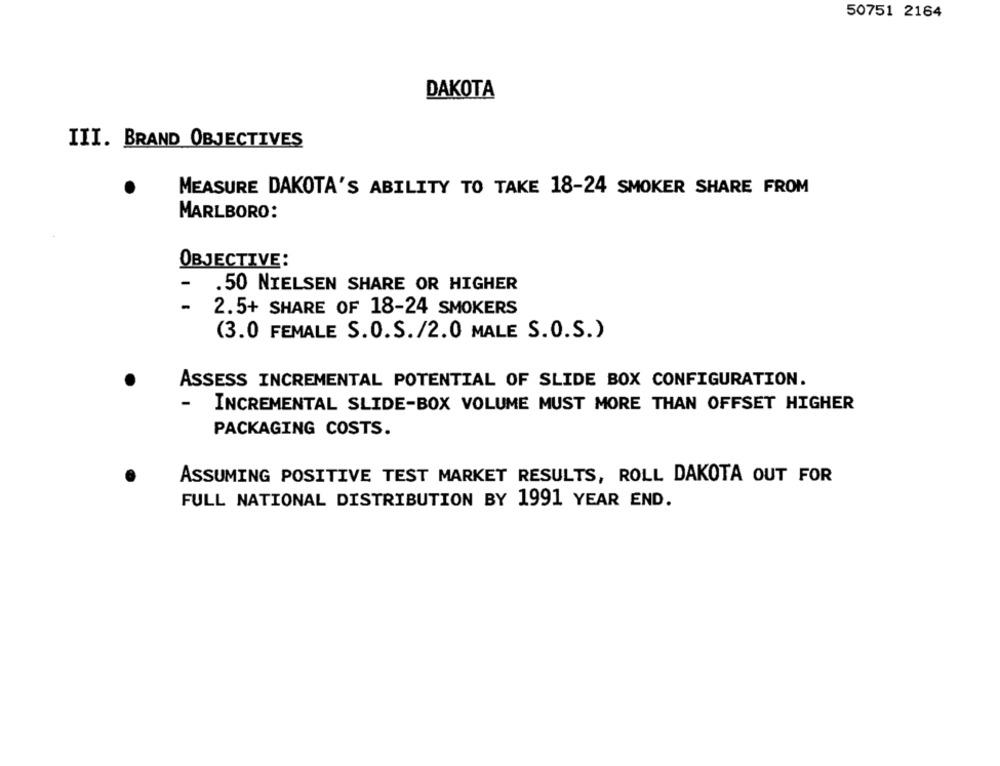
50751 2164
DAKOTA
III. BRAND OBJECTIVES
MEASURE DAKOTA'S ABILITY TO TAKE 18-24 SMOKER SHARE FROM
MARLBORO:
OBJECTIVE:
-
.50 NIELSEN SHARE OR HIGHER
-
2.5+ SHARE OF 18-24 SMOKERS
(3.0 FEMALE S.O.S./2.0 MALE S.O.S.)
ASSESS INCREMENTAL POTENTIAL OF SLIDE BOX CONFIGURATION.
INCREMENTAL SLIDE-BOX VOLUME MUST MORE THAN OFFSET HIGHER
PACKAGING COSTS.
ASSUMING POSITIVE TEST MARKET RESULTS, ROLL DAKOTA OUT FOR
FULL NATIONAL DISTRIBUTION BY 1991 YEAR END.